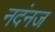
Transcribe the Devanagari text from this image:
नदंनज